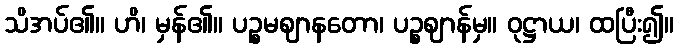
သိအပ်၏။ ဟိ၊ မှန်၏။ ပဉ္စမဈာနတော၊ ပဉ္စဈာန်မှ။ ဝုဋ္ဌာယ၊ ထပြီး၍။